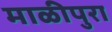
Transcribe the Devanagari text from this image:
माळीपुरा